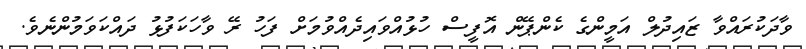
ވާދަކުރައްވާ ޒައިދުލް އަމީންގެ ކެންޕޭން އޮފީސް ހުޅުއްވައިދެއްވުމަށް ފަހު ރޭ ވާހަކަފުޅު ދައްކަވަމުންނެވެ.